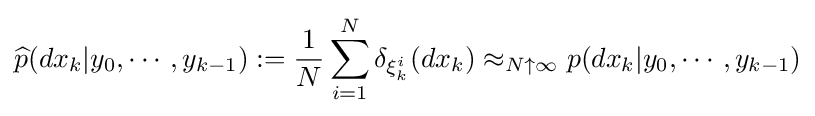
{\widehat {p}}(dx_{k}|y_{0},\cdots ,y_{k-1}):={\frac {1}{N}}\sum _{i=1}^{N}\delta _{\xi _{k}^{i}}(dx_{k})\approx _{N\uparrow \infty }p(dx_{k}|y_{0},\cdots ,y_{k-1})